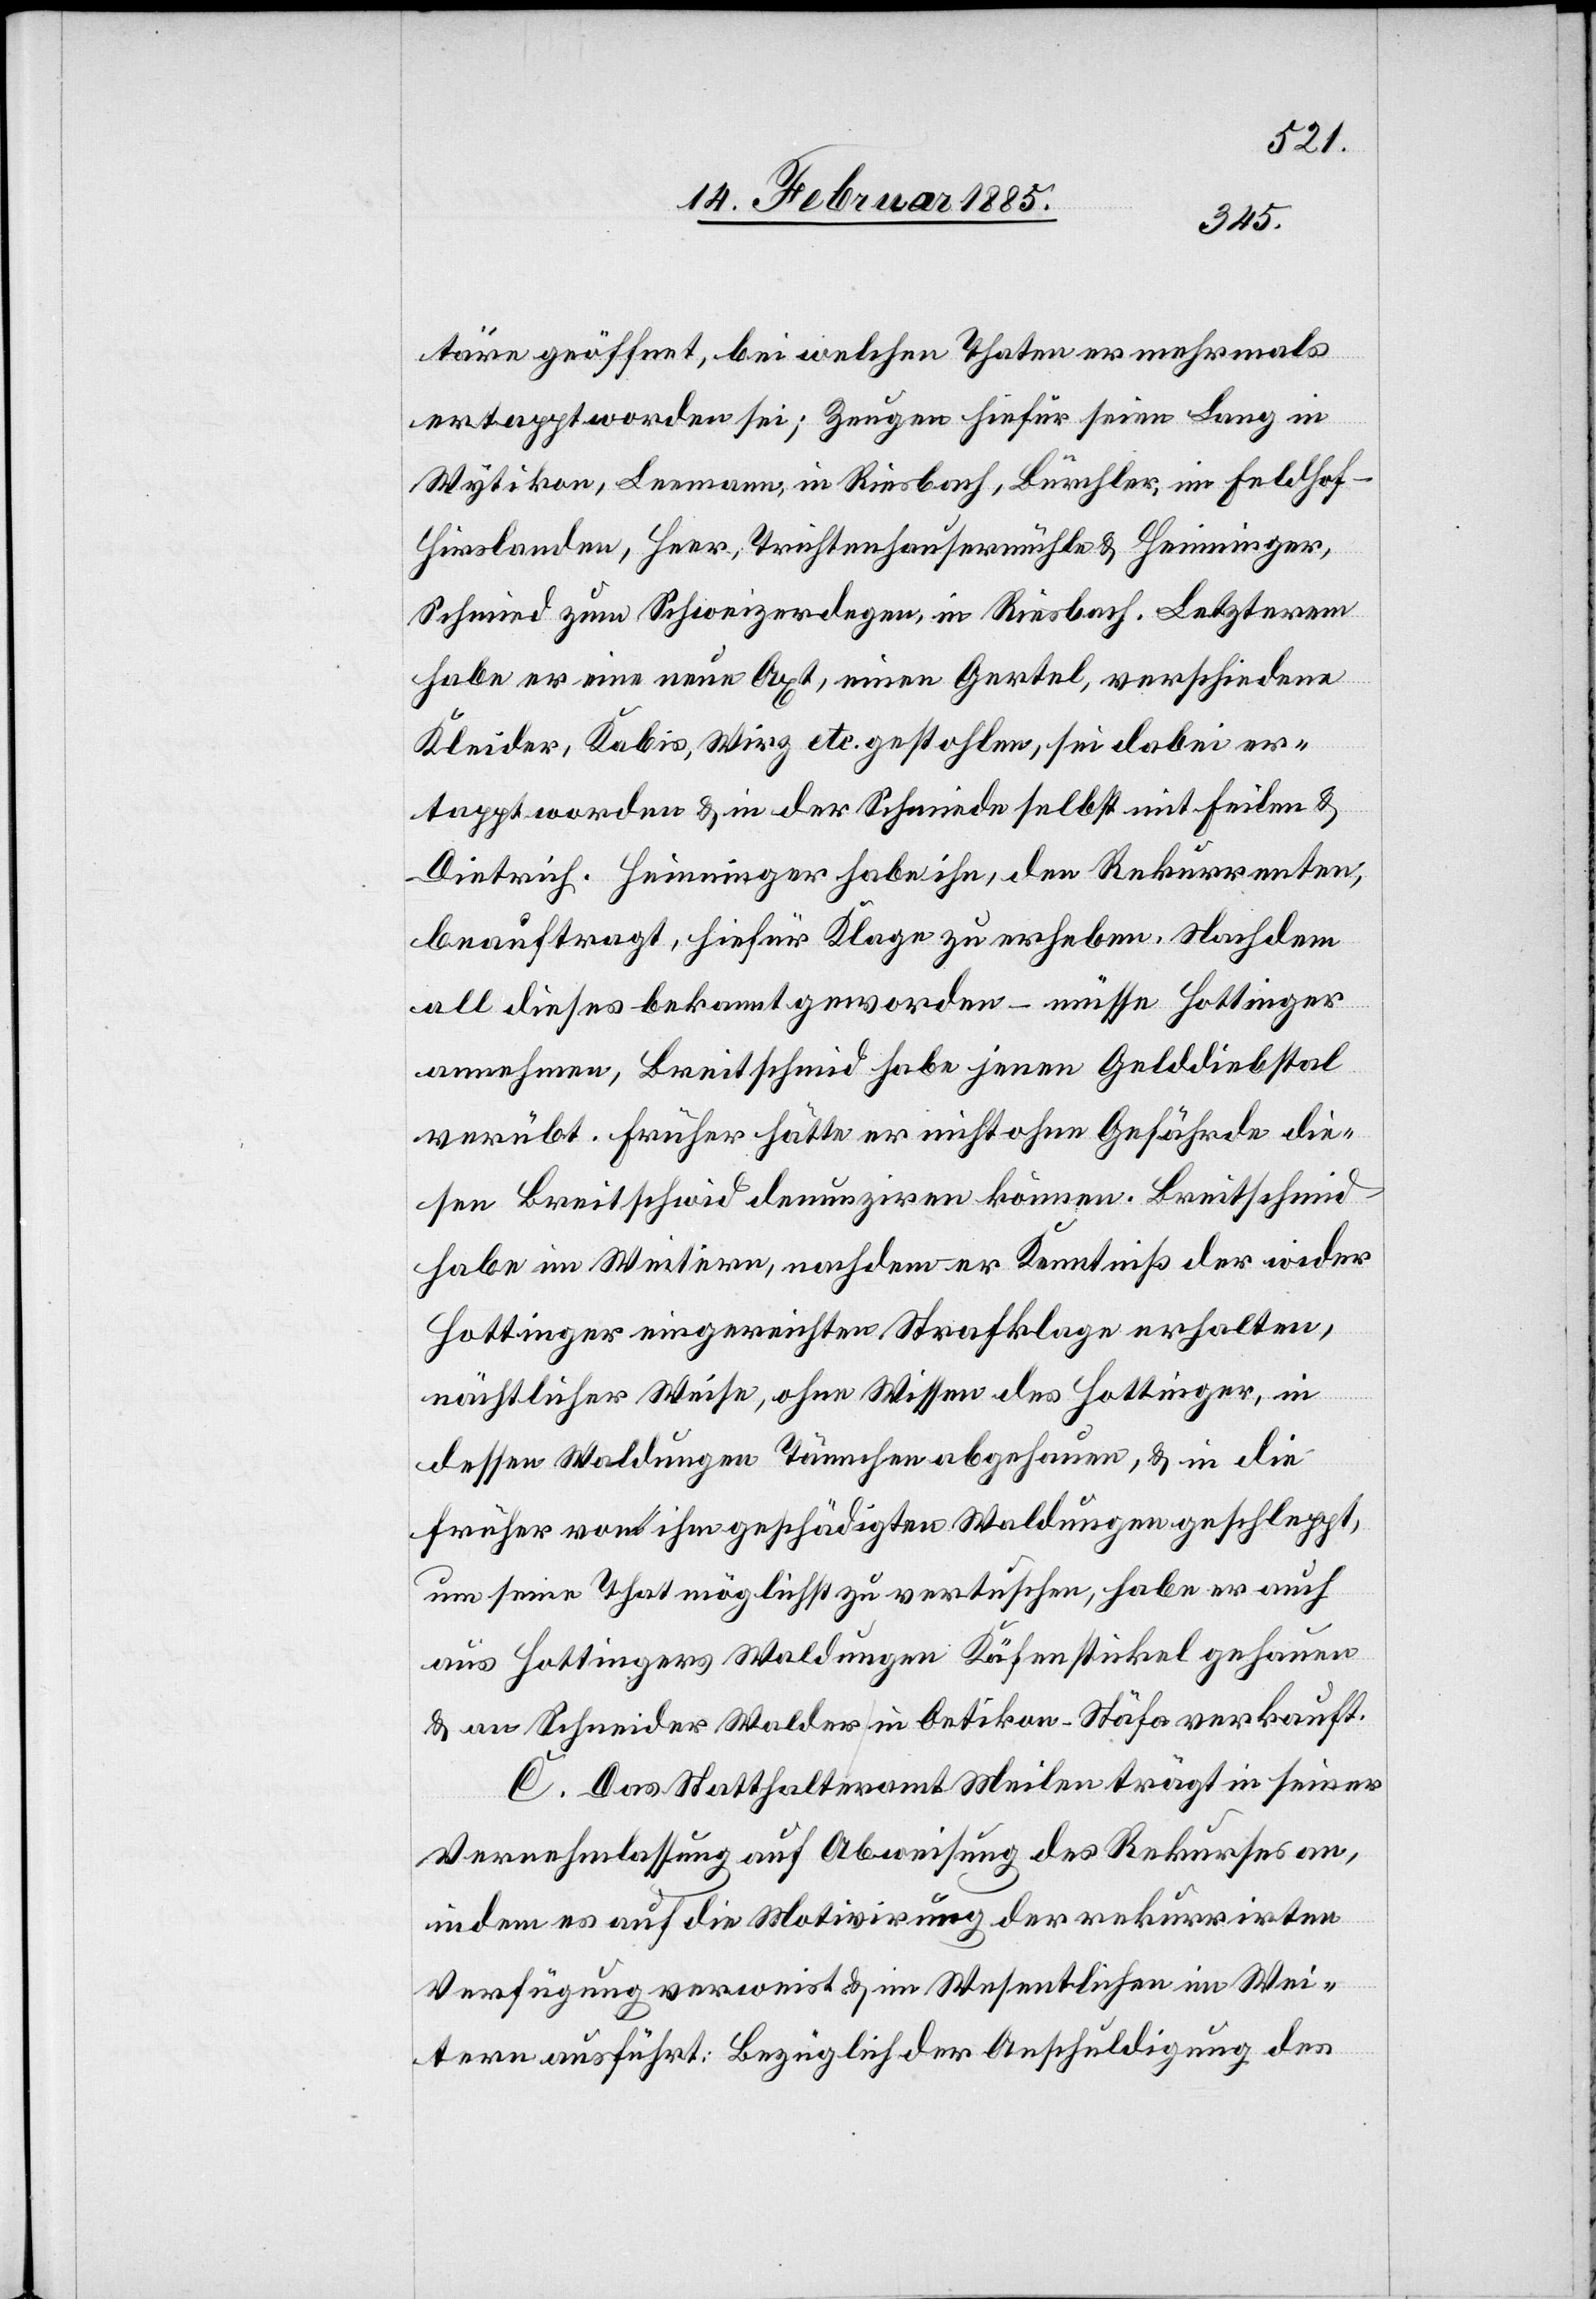
täre geöffnet, bei welchen Thaten er mehrmals
ertappt worden sei; Zeugen hiefür seien Lang in
Wytikon, Leemann, in Riesbach, Bürchler, in Feldhof -
Hirslanden, Heer, Trichtenhausermühle & Heinninger,
Schmid zum Schweizerdegen, in Riesbach. Letzterem
habe er eine neue Axt, einen Gertel, verschiedene
Kleider, Kabis, Wirz etc. gestohlen, sei dabei er¬
tappt worden & in der Schmiede selbst mit Feilen &
Dietrich. Heinninger habe ihn, den Rekurrenten,
beauftragt, hiefür Klage zu erheben. Nachdem
all dieses bekannt geworden – müsse Hottinger
annehmen, Breitschmid habe jenen Gelddiebstahl
verübt. Früher hätte er nicht ohne Gefährde die¬
sen Breitschmid denunziren können. Breitschmid
habe im Weitern, nachdem er Kenntniß der wider
Hottinger eingereichten Strafklage erhalten,
nächtlicher Weise, ohne Wissen des Hottinger, in
dessen Waldungen Tännchen abgehauen, & in die
früher von ihm geschädigten Waldungen geschleppt,
um seine That möglichst zu vertuschen, habe er auch
aus Hottingers Waldungen Käfensickel gehauen
& an Schneider Walder, in Oetikon - Stäfa verkauft.
C. Das Statthalteramt Meilen trägt in seiner
Vernehmlassung auf Abweisung des Rekurses an,
indem es auf die Motivirung der rekurrirten
Verfügung verweist & im Wesentlichen im Wei¬
tern ausgeführt: Bezüglich der Anschuldigung des